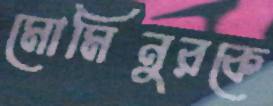
মোমিনুরকে